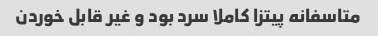
متاسفانه پیتزا کاملا سرد بود و غیر قابل خوردن